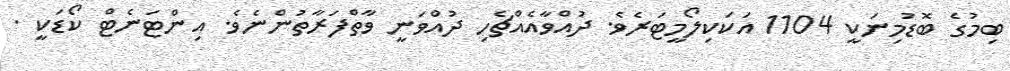
ބިމުގެ ބޮޑުމިނަކީ 1104 އަކަކިލޯމީޓަރެވެ. ދުއްވާއެއްޗެހި ދުއްވަނީ ވާތްފަރާތުންނެވެ. އިންޓަނެޓް ކޯޑަކީ .